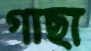
গাছা